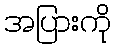
အပြားကို